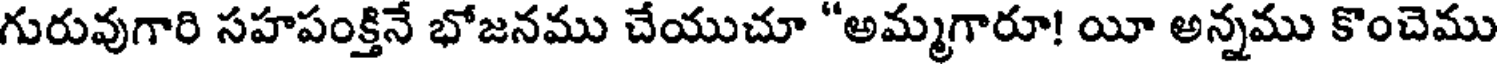
గురువుగారి సహపంక్తినే భోజనము చేయుచూ "అమ్మగారూ! యీ అన్నము కొంచెము